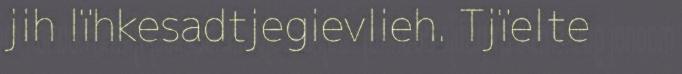
jih lïhkesadtjegievlieh. Tjïelte